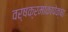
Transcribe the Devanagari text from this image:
वर्षक्रमांकापेक्षा